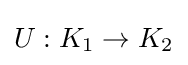
U:K_{1}\rightarrow K_{2}